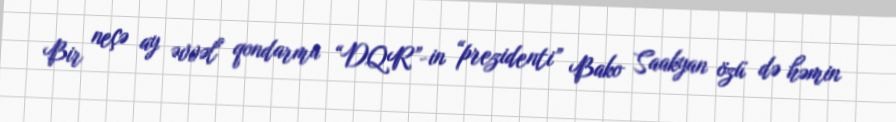
Bir neçə ay əvvəl qondarma “DQR”-in “prezidenti” Bako Saakyan özü də həmin